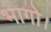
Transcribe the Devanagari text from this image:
भागो।